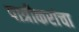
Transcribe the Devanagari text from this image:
पात्रीकरांचा